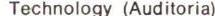
Technology (Auditoria)